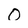
Character: O